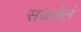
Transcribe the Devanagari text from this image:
सजलेलं